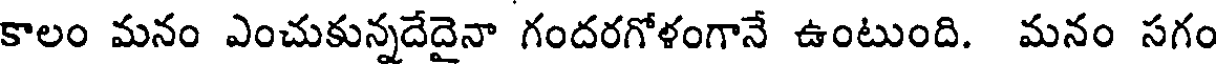
కాలం మనం ఎంచుకున్నదేదైనా గందరగోళంగానే ఉంటుంది. మనం సగం